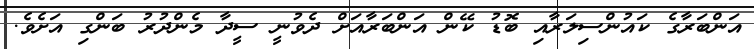
އަންބަރާގެ ކައުންސިލަރާއި ބޮޑު ކޭން އަންބަރާއަށް ދެވުނީ ސީދާ މެންދުރު ބަންގި އަށެވެ.